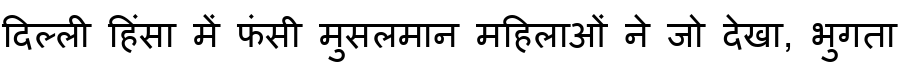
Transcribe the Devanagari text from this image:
दिल्ली हिंसा में फंसी मुसलमान महिलाओं ने जो देखा, भुगता